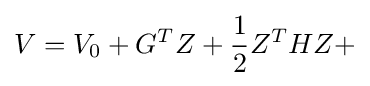
V=V_{0}+G^{T}Z+{1 \over 2}Z^{T}HZ+